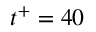
t ^ { + } = 4 0